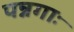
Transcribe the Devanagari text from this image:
पन्नगाः